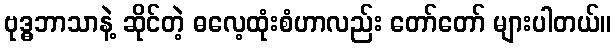
ဗုဒ္ဓဘာသာနဲ့ ဆိုင်တဲ့ ဓလေ့ထုံးစံဟာလည်း တော်တော် များပါတယ်။